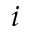
i